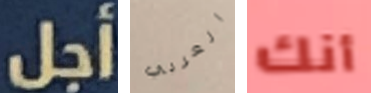
أجل العربي أنك